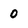
Character: 0